Report of the Indian Hemp Drugs Commission, 1894-1895 - Volume IV
Year: 1894
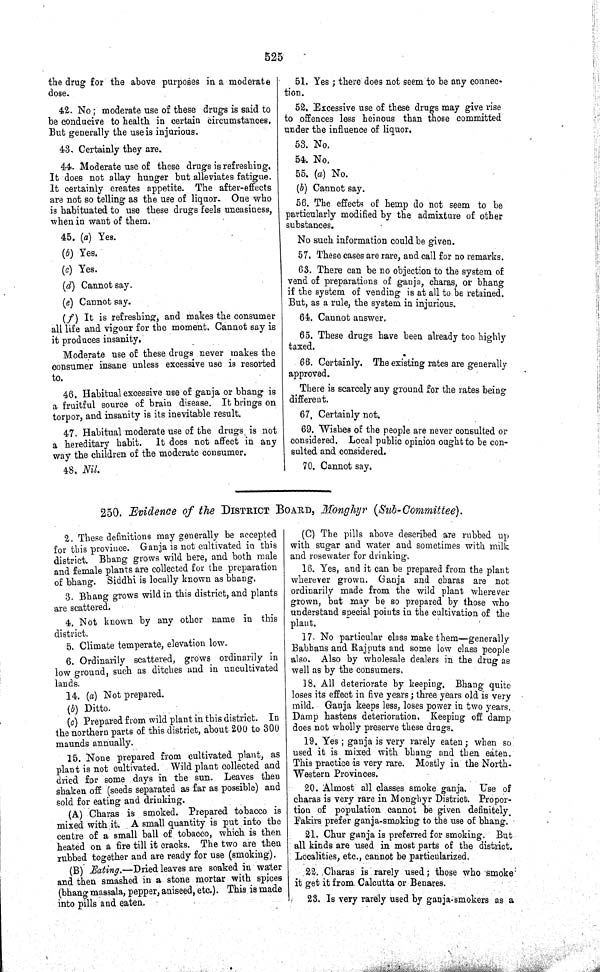
525
the drug for the above purposes in a moderate
dose.
42. No; moderate use of these drugs is said to
be conducive to health in certain circumstances.
But generally the use is injurious.
43. Certainly they are.
44. Moderate use of these drugs is refreshing.
It does not allay hunger but alleviates fatigue.
It certainly creates appetite. The after-effects
are not so telling as the use of liquor. One who
is habituated to use these drugs feels uneasiness,
when in want of them.
45. (a) Yes.
(b) Yes.
(c) Yes.
(d) Cannot say.
(e) Cannot say.
(f) It is refreshing, and makes the consumer
all life and vigour for the moment. Cannot say is
it produces insanity.
Moderate use of these drugs never makes the
consumer insane unless excessive use is resorted
to.
46. Habitual excessive use of ganja or bhang is
a fruitful source of brain disease. It brings on
torpor, and insanity is its inevitable result.
47. Habitual moderate use of the drugs, is not
a hereditary habit.
It does not affect in any
way the children of the moderate consumer.
48. Nil.
51. Yes; there does not seem to be any connec-
tion.
52. Excessive use of these drugs may give rise
to offences less heinous than those committed
under the influence of liquor.
53. No.
54. No.
55. (a) No.
(b) Cannot say.
56. The effects of hemp do not seem to be
particularly modified by the admixture of other
substances.
No such information could be given.
57. These cases are rare, and call for no remarks.
63. There can be no objection to the system of
vend of preparations of ganja, charas, or bhang
if the system of vending is at all to be retained.
But, as a rule, the system in injurious.
64. Cannot answer.
65. These drugs have been already too highly
taxed.
66. Certainly. The existing rates are generally
approved.
There is scarcely any ground for the rates being
different.
67. Certainly not.
69. Wishes of the people are never consulted or
considered. Local public opinion ought to be con-
sulted and considered.
70. Cannot say.
250. Evidence of the DISTRICT BOARD, Monghyr
(Sub-Committee).
2. These definitions may generally be accepted
for this province. Ganja is not cultivated in this
district. Bhang grows wild here, and both male
and female plants are collected for the preparation
of bhang. Siddhi is locally known as bhang.
3. Bhang grows wild in this district, and plants
are scattered.
4. Not known by any other name in this
district.
5. Climate temperate, elevation low.
6. Ordinarily scattered, grows ordinarily in
low ground, such as ditches and in uncultivated
lands.
14. (a) Not prepared.
(b) Ditto.
(c) Prepared from wild plant in this district. In
the northern parts of this district, about 200 to 300
maunds annually.
15. None prepared from cultivated plant, as
plant is not cultivated. Wild plant collected and
dried for some days in the sun. Leaves then
shaken off (seeds separated as far as possible) and
sold for eating and drinking.
(A) Charas is smoked. Prepared tobacco is
mixed with it. A small quantity is put into the
centre of a small ball of tobacco, which is then
heated on a fire till it cracks. The two are then
rubbed together and are ready for use (smoking).
(B) Eating.—Dried leaves are soaked in water
and then smashed in a stone mortar with spices
(bhang massala, pepper, aniseed, etc.). This is made
into pills and eaten.
(C) The pills above described are rubbed up
with sugar and water and sometimes with milk
and rosewater for drinking.
16. Yes, and it can be prepared from the plant
wherever grown. Ganja and charas are not
ordinarily made from the wild plant wherever
grown, but may be so prepared by those who
understand special points in the cultivation of the
plant.
17. No particular class make them—generally
Babhans and Rajputs and some low class people
also. Also by wholesale dealers in the drug as
well as by the consumers.
18. All deteriorate by keeping. Bhang quite
loses its effect in five years; three years old is very
mild. Ganja keeps less, loses power in two years.
Damp hastens deterioration, Keeping off damp
does not wholly preserve these drugs.
19. Yes; ganja is very rarely eaten; when so
used it is mixed with bhang and then eaten.
This practice is very rare. Mostly in the North-
-estern Provinces.
20. Almost all classes smoke ganja. Use of
charas is very rare in Monghyr District. Propor-
tion of population cannot be given definitely
Fakirs prefer ganja-smoking to the use of bhang.
21. Chur ganja is preferred for smoking. But
all kinds are used in most parts of the district.
Localities, etc., cannot be particularized.
22. Charas is rarely used; those who smoke
it get it from Calcutta or Benares.
23. Is very rarely used by ganja-smokers as a